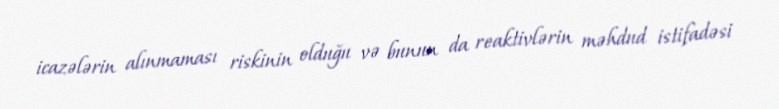
icazələrin alınmaması riskinin olduğu və bunun da reaktivlərin məhdud istifadəsi